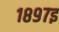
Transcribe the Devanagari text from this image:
१८९७इ